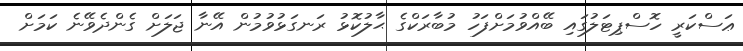
ޢަސްކަރީ ހޮސްޕިޓަލުގައި ބޭއްވުމަށްފަހު މުބާރަކްގެ ޙާލުކޮޅު ރަނގަޅުވުމުން އޭނާ ޖަލަށް ގެންދެވޭނެ ކަމަށް